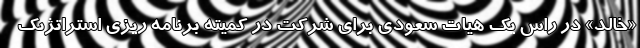
«خالد» در راس یک هیات سعودی برای شرکت در کمیته برنامه ریزی استراتژیک